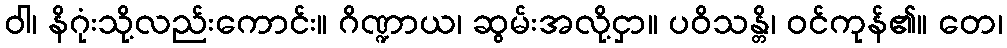
ဝါ၊ နိဂုံးသို့လည်းကောင်း။ ဂိဏ္ဍာယ၊ ဆွမ်းအလို့ငှာ။ ပဝိသန္တိ၊ ဝင်ကုန်၏။ တေ၊